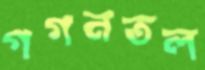
গগনতল